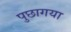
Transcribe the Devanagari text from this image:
पुछागया